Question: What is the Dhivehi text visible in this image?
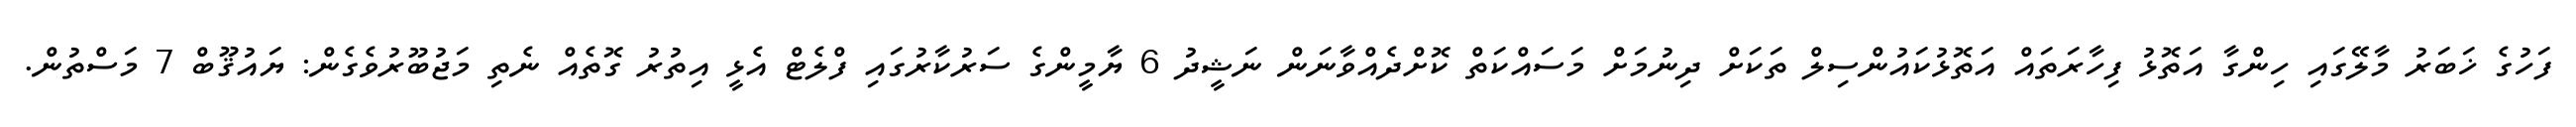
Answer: ފަހުގެ ޚަބަރު މާލޭގައި ހިންގާ އަތޮޅު ފިހާރަތައް އަތޮޅުކައުންސިލް ތަކަށް ދިނުމަށް މަސައްކަތް ކޮށްދެއްވާނަން ނަޝީދު 6 ޔާމީންގެ ސަރުކާރުގައި ފްލެޓް އެޅީ އިތުރު ގޮތެއް ނެތި މަޖުބޫރުވެގެން: ޔައުޤޫބް 7 މަސްތުން.